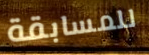
للمسابقة